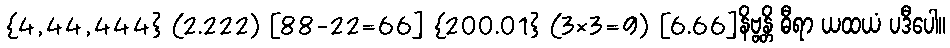
{4,44,444} (2.222) [88-22=66] {200.01} (3×3=9) [6.66]နိဗ္ဗန္တိ ဓီရာ ယထယံ ပဒီပေါ။